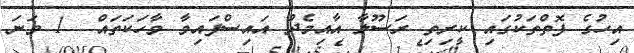
އިހުގެ ފޮތްތަކުގައި ކީރިތި ރަސޫލާ އާއިމެދު އައިސްފައިވާ ވާހަކަތައް  1 ވަނަ